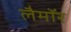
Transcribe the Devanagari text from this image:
लैमॉर